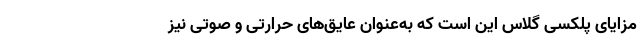
مزایای پلکسی گلاس این است که به‌عنوان عایق‌های حرارتی و صوتی نیز